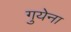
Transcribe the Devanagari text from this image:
गुयेना